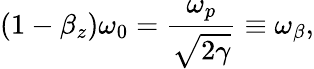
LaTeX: (1-\beta_{z})\omega_{0}=\frac{\omega_{p}}{\sqrt{2\gamma}}\equiv\omega_{\beta},